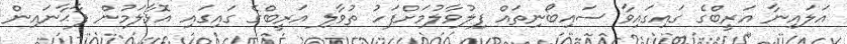
އަލައިނާ އަރީބްގެ ގައިގައިވާ ސައިބޯނިތައް ފިލުވާލުމަށްފަހު ތުވާލި އަރީބްގެ ގައިގައި އޮޅާލަމުން ފާޙާނައިން